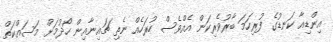
އިންޑިއާ ކަނޑުގެ ފުރިހަމަ ބާރުވެރިކަން އެއްވެސް ހުރަހެއް ނެތި ޗައިނާއިން ހޯދުމަށް މަސައްކަތް